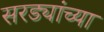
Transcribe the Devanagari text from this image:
सरड्यांच्या